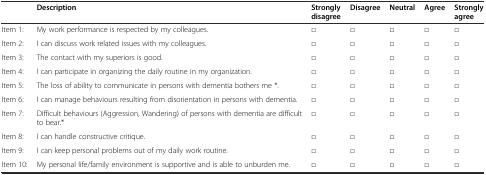
<table><thead><tr><td></td><td><b>Description</b></td><td><b>Strongly disagree</b></td><td><b>Disagree</b></td><td><b>Neutral</b></td><td><b>Agree</b></td><td><b>Strongly agree</b></td></tr></thead><tbody><tr><td>Item 1:</td><td>My work performance is respected by my colleagues.</td><td>□</td><td>□</td><td>□</td><td>□</td><td>□</td></tr><tr><td>Item 2:</td><td>I can discuss work related issues with my colleagues.</td><td>□</td><td>□</td><td>□</td><td>□</td><td>□</td></tr><tr><td>Item 3:</td><td>The contact with my superiors is good.</td><td>□</td><td>□</td><td>□</td><td>□</td><td>□</td></tr><tr><td>Item 4:</td><td>I can participate in organizing the daily routine in my organization.</td><td>□</td><td>□</td><td>□</td><td>□</td><td>□</td></tr><tr><td>Item 5:</td><td>The loss of ability to communicate in persons with dementia bothers me *.</td><td>□</td><td>□</td><td>□</td><td>□</td><td>□</td></tr><tr><td>Item 6:</td><td>I can manage behaviours resulting from disorientation in persons with dementia.</td><td>□</td><td>□</td><td>□</td><td>□</td><td>□</td></tr><tr><td>Item 7:</td><td>Difficult behaviours (Aggression, Wandering) of persons with dementia are difficult to bear.*</td><td>□</td><td>□</td><td>□</td><td>□</td><td>□</td></tr><tr><td>Item 8:</td><td>I can handle constructive critique.</td><td>□</td><td>□</td><td>□</td><td>□</td><td>□</td></tr><tr><td>Item 9:</td><td>I can keep personal problems out of my daily work routine.</td><td>□</td><td>□</td><td>□</td><td>□</td><td>□</td></tr><tr><td>Item 10:</td><td>My personal life/family environment is supportive and is able to unburden me.</td><td>□</td><td>□</td><td>□</td><td>□</td><td>□</td></tr></tbody></table>